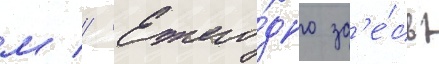
м // Ежего́дно зд'е́сь